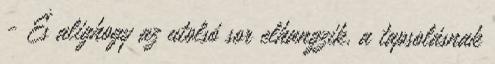
- És alighogy az utolsó sor elhangzik, a tapsolásnak